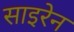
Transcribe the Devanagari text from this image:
साइरेन